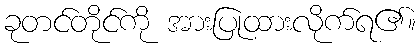
ခုတင်တိုင်ကို အားပြုထားလိုက်ရ၏။